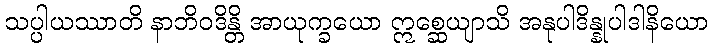
သပ္ပါယဿာတိ နာဘိဝဒိန္တိ အာယုက္ခယော ဣစ္ဆေယျာသိ အနုပါဒိန္နုပါဒါနိယော